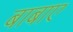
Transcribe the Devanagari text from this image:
बाबाए